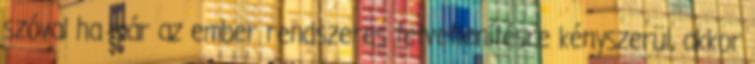
szóval ha már az ember rendszeres tetvetlenítésre kényszerül, akkor